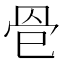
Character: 𦊦